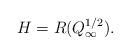
LaTeX: \begin{align*}H=R(Q_\infty^{1/2}).\end{align*}